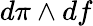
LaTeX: d\pi\wedge df